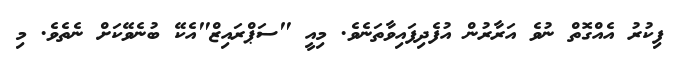
ފިކުރު އެއްގޮތް ނުވެ އަރާރުން އުފެދިފައިވާތަނެވެ. މިއީ "ސަޕްރައިޒް"އެކޭ ބުނެވޭކަށް ނެތެވެ. މި